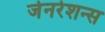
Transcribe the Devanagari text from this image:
जेनरेशन्स